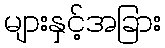
များနှင့်အခြား